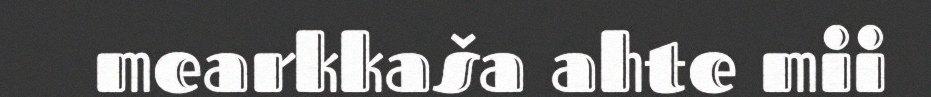
mearkkaša ahte mii